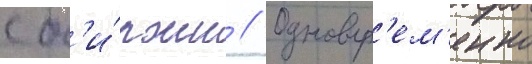
с б'и́ржи // Одновр'ем'енно